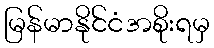
မြန်မာနိုင်ငံအစိုးရမှ